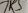
Text: 7K5